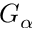
G _ { \alpha }